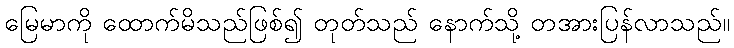
မြေမာကို ထောက်မိသည်ဖြစ်၍ တုတ်သည် နောက်သို့ တအားပြန်လာသည်။